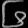
Digit: ၆